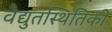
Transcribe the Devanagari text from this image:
वैद्युतस्थितिकी